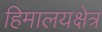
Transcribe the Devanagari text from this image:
हिमालयक्षेत्र